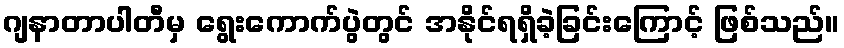
ဂျနာတာပါတီမှ ရွေးကောက်ပွဲတွင် အနိုင်ရရှိခဲ့ခြင်းကြောင့် ဖြစ်သည်။